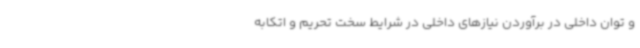
و توان داخلی در برآوردن نیازهای داخلی در شرایط سخت تحریم و اتکابه